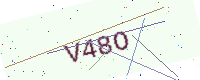
Text: V48O